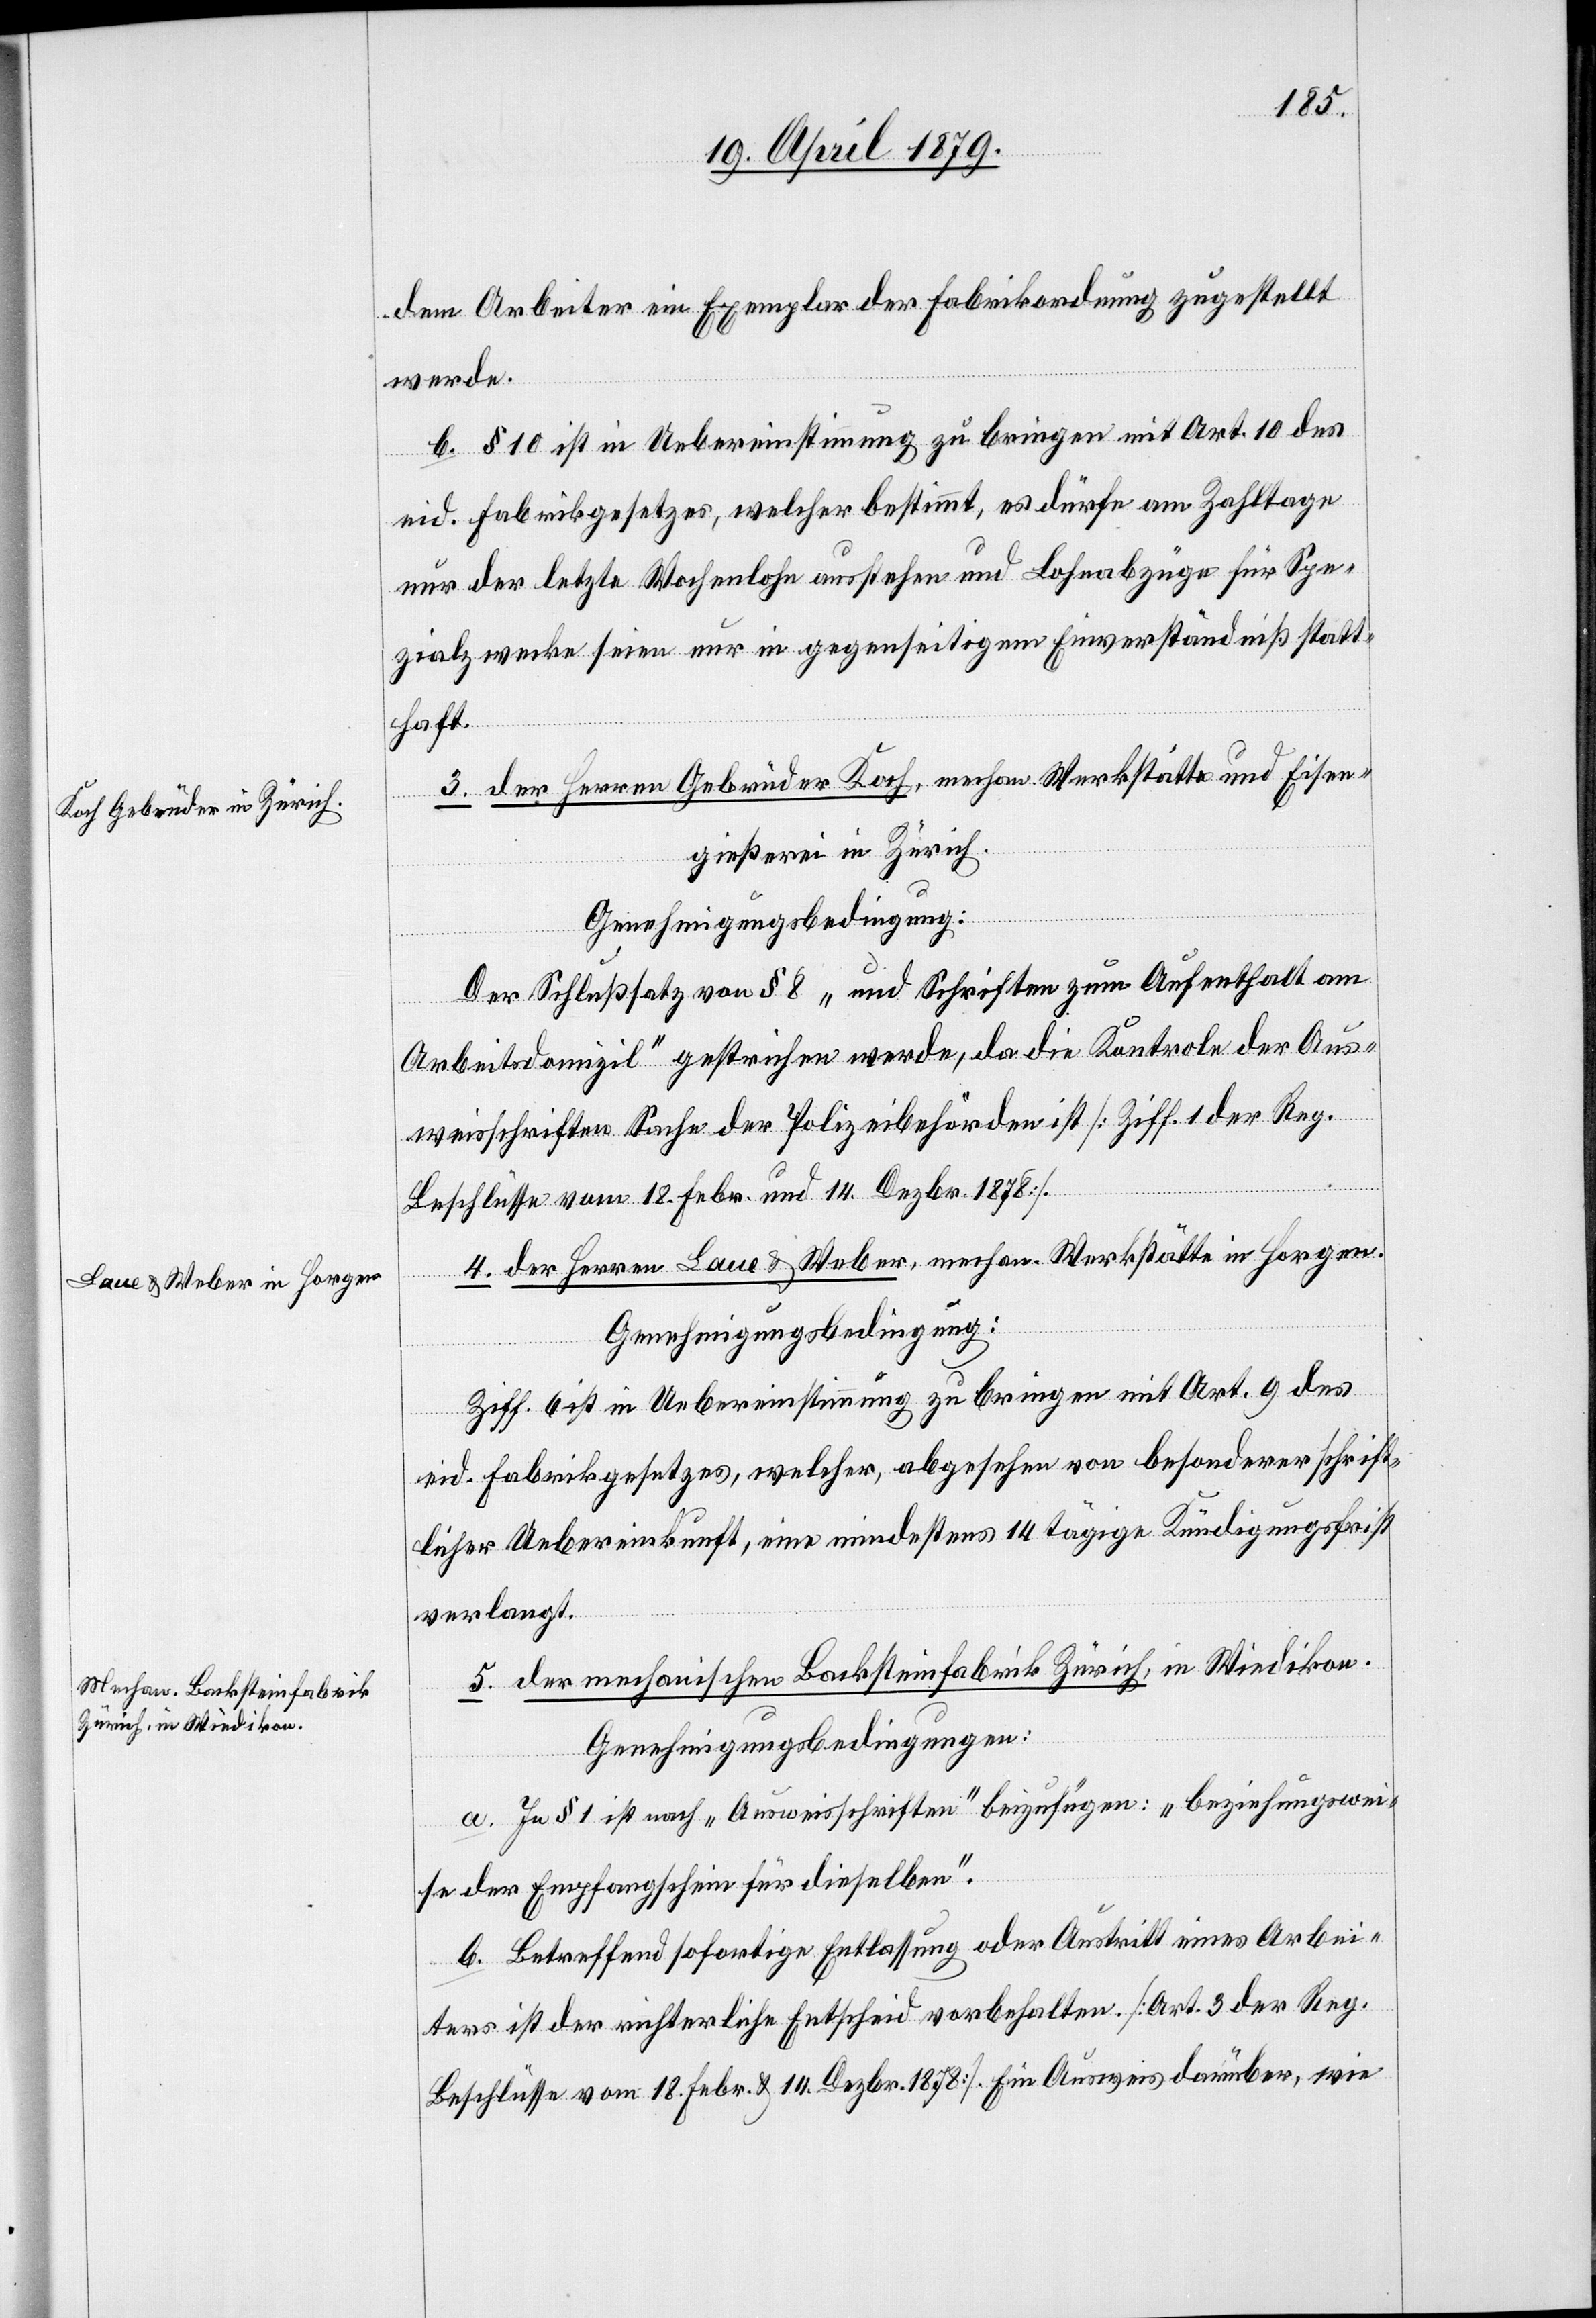
dem Arbeiter ein Exemplar der Fabrikordnung zugestellt
werde.
b. § 10 ist in Uebereinstimmung zu bringen mit Art. 10 des
eid. Fabrikgesetzes, welcher bestimmt, es dürfe am Zahltage
nur der letzte Wochenlohn ausstehen und Lohnabzüge für Spe¬
zialzwecke seien nur in gegenseitigem Einverständniß statt¬
haft.
3. der Herren Gebrüder Koch, mechan. Werkstätte und Eisen¬
gießerei in Zürich.
Der Schlußsatz von § 8 „und Schriften zum Aufenthalt am
Arbeitsdomizil“ gestrichen werde, da die Kontrole der Aus¬
weisschriften Sache der Polizeibehörden ist [Ziff. 1 der Reg.
Beschlüsse vom 18. Febr. und 14. Dezbr. 1878].
4. der Herren Laue & Weber, mechan. Werkstätte in Horgen.
Genehmigungsbedingung:
Ziff. 6 ist in Uebereinstimmung zu bringen mit Art. 9 des
eid. Fabrikgesetzes, welcher, abgesehen von besonderer schrift¬
licher Uebereinkunft, eine mindestens 14 tägige Kündigungsfrist
verlangt.